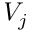
V _ { j }